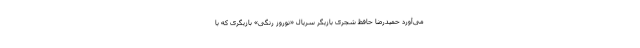
می‌آورد حمیدرضا حافظ شجری بازیگر سریال «نوروز رنگی» بازیگری که با